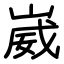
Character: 崴